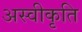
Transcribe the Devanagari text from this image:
अस्‍वीकृति